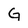
Character: G